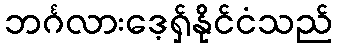
ဘင်္ဂလားဒေ့ရှ်နိုင်ငံသည်